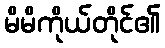
မိမိကိုယ်တိုင်၏